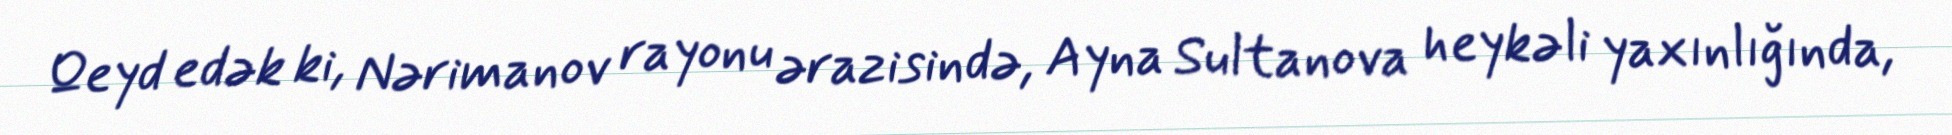
Qeyd edək ki, Nərimanov rayonu ərazisində, Ayna Sultanova heykəli yaxınlığında,